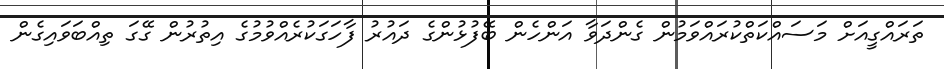
ތަރައްގީއަށް މަސައްކަތްކުރައްވަމުން ގެންދަވާ އަންހެން ބޭފުޅުންގެ ދައުރު ފާހަގަކުރެއްވުމުގެ އިތުރުން ގޭގަ ތިއްބަވައިގެން